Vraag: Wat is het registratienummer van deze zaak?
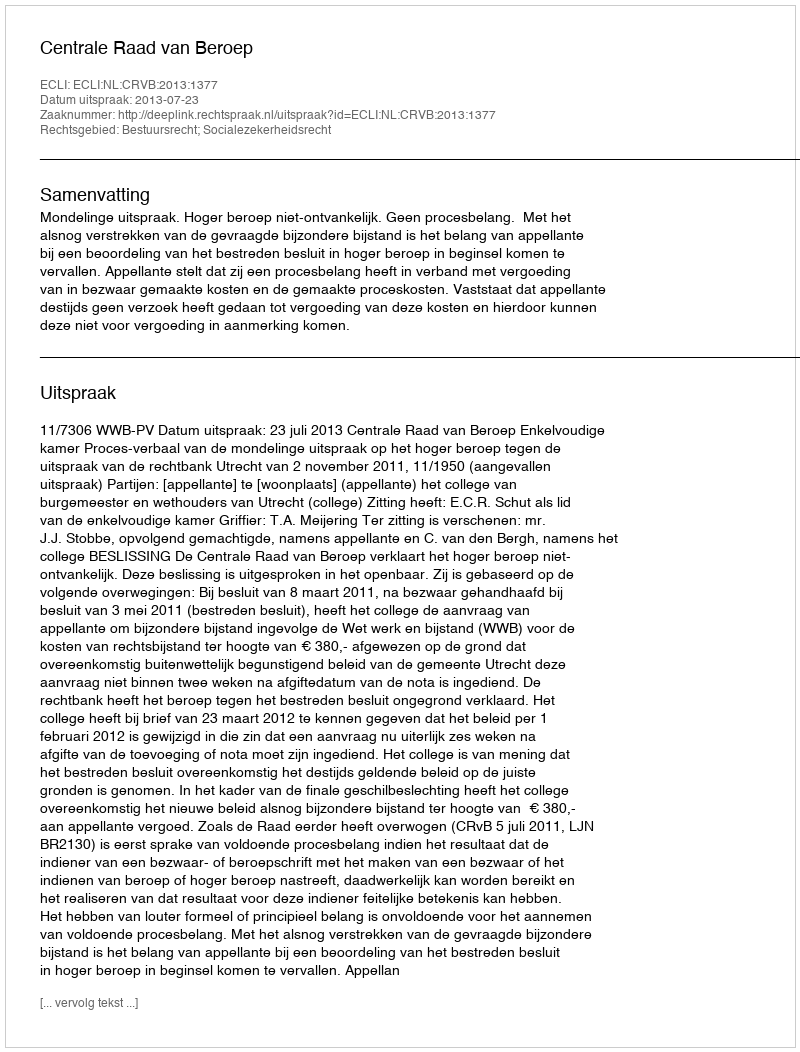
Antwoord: http://deeplink.rechtspraak.nl/uitspraak?id=ECLI:NL:CRVB:2013:1377